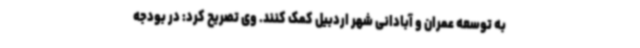
به توسعه عمران و آبادانی شهر اردبیل کمک کنند. وی تصریح کرد:‌ در بودجه